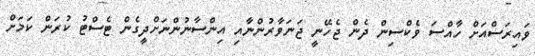
ވައިރަސްއަށް ހާއްސަ ވެކްސިން ދެން ޖެހޭނީ ޖަނަވާރުންނާއި އިންސާނުންނަށްދީގެން ޓެސްޓު ކުރަން ކަމަށް